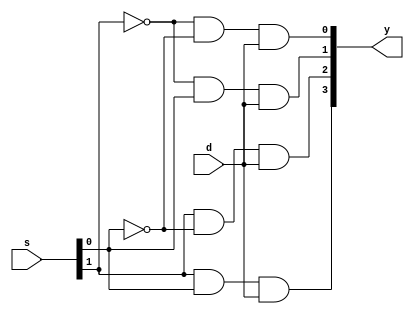
`timescale 1ns / 1ps
//////////////////////////////////////////////////////////////////////////////////
// Company: 
// Engineer: 
// 
// Design Name: 
// Module Name:    demux_beh 
// Project Name: 
// Target Devices: 
// Tool versions: 
// Description: 
//
// Dependencies: 
//
// Revision: 
// Revision 0.01 - File Created
// Additional Comments: 
//
//////////////////////////////////////////////////////////////////////////////////
module demux_beh(d,s,y);
input d;
input[1:0]s;
output reg[3:0]y;
always @(d,s)
begin
 y[0]=(~s[1]&~s[0]&d);
 y[1]=(~s[1]&s[0]&d);
 y[2]=(s[1]&~s[0]&d);
 y[3]=(s[1]&s[0]&d);
 end
endmodule